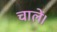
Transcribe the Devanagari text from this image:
चालें।